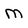
Character: m